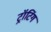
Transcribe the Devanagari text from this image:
ट्रॉटिंग